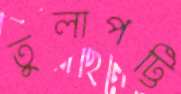
তুলাপট্টি